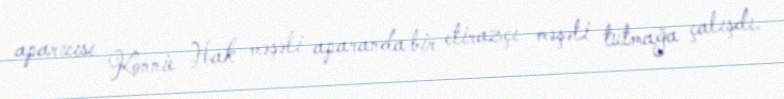
aparıcısı Konnie Hak məşəli aparanda bir etirazçı məşəli tutmağa çalışdı.